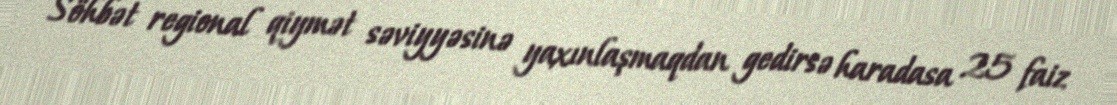
Söhbət regional qiymət səviyyəsinə yaxınlaşmaqdan gedirsə haradasa 25 faiz